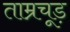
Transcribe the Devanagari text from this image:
ताम्रचूड़